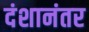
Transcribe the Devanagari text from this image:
दंशानंतर